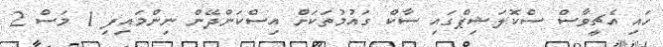
ހައި އެޗީވާސް ސްކޮލަޝިޕްގައި ސާކް ގައުމުތަކަށް އިސްކަންދޭން ނިންމައިފި 1 މަސް 2